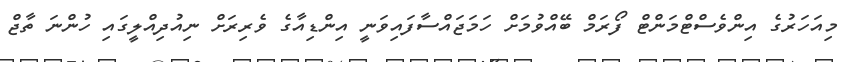
މިއަހަރުގެ އިންވެސްޓްމަންޓް ފޯރަމް ބޭއްވުމަށް ހަމަޖައްސާފައިވަނީ އިންޑިއާގެ ވެރިރަށް ނިއުދިއްލީގައިި ހުންނަ ތާޖް